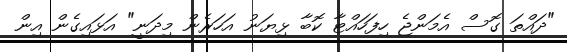
"ދައްތަ ގޮސް އެމަންޖެ ހިފަހައްޓާ ކޮބާ ޅިޔަނު އަހަރެން މިދަނީ" އަޅައިގެން އިން